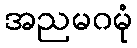
အညမဂမုံ